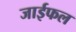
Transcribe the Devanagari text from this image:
जाईफल